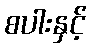
စပါးနှင့်